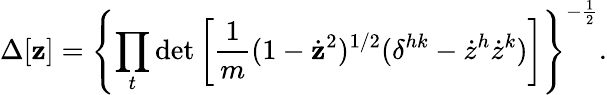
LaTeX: \Delta[{\mathbf z}]=\left\{ \prod_{t}\operatorname*{det}\left[{\frac{1}{m}}(1-\dot{\mathbf z}^{2})^{1/2}(\delta^{hk}-{\dot{z}}^{h}{\dot{z}}^{k})\right]\right\} ^{-\frac{1}{2}}.